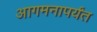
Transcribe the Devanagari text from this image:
आगमनापर्यंत